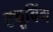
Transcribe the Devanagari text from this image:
ट्यूबिंग